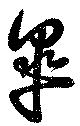
皐